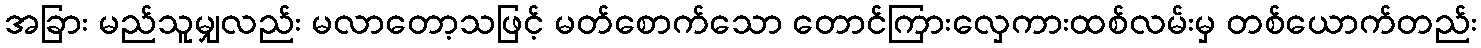
အခြား မည်သူမျှလည်း မလာတော့သဖြင့် မတ်စောက်သော တောင်ကြားလှေကားထစ်လမ်းမှ တစ်ယောက်တည်း